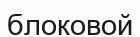
блоковой